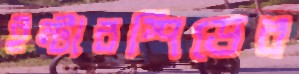
ইন্টারস্পিডের